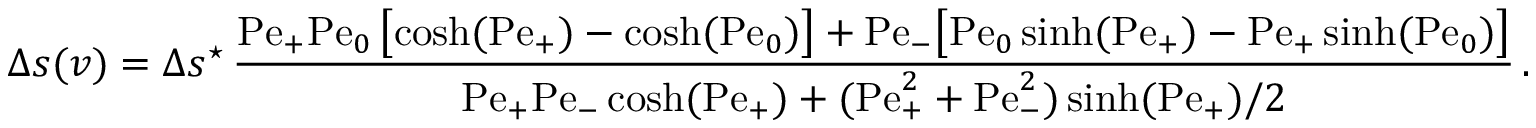
\Delta s ( v ) = \Delta s ^ { \star } \, \frac { \mathrm { P e } _ { + } \mathrm { P e } _ { 0 } \, \bigl [ \cosh ( \mathrm { P e } _ { + } ) - \cosh ( \mathrm { P e } _ { 0 } ) \bigr ] + \mathrm { P e } _ { - } \bigl [ \mathrm { P e } _ { 0 } \sinh ( \mathrm { P e } _ { + } ) - \mathrm { P e } _ { + } \sinh ( \mathrm { P e } _ { 0 } ) \bigr ] } { \mathrm { P e } _ { + } \mathrm { P e } _ { - } \cosh ( \mathrm { P e } _ { + } ) + ( \mathrm { P e } _ { + } ^ { 2 } + \mathrm { P e } _ { - } ^ { 2 } ) \sinh ( \mathrm { P e } _ { + } ) / 2 } \, .